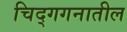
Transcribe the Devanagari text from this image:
चिद्‌गगनातील